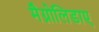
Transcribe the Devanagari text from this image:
मैग्नोलिडाए